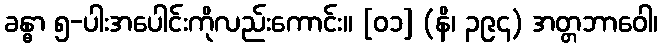
ခန္ဓာ ၅-ပါးအပေါင်းကိုလည်းကောင်း။ [၀၁] (နိ၊ ၃၉၄) အတ္တဘာဝေါ၊